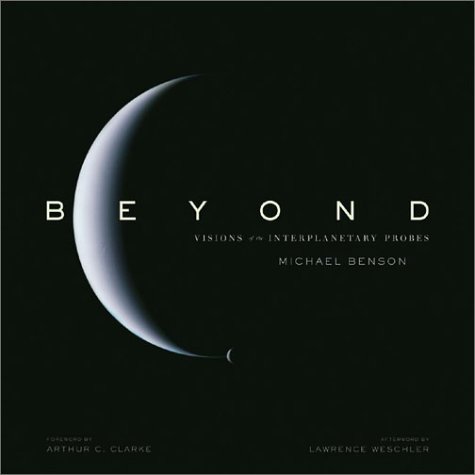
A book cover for Beyond: Visions Of The Interplanetary Probes; Michael Benson; Arts & Photography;